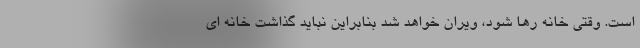
است. وقتی خانه رها شود، ویران خواهد شد بنابراین نباید گذاشت خانه ای